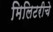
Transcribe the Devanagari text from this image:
मिलिटरीचे